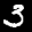
Label: 3